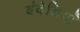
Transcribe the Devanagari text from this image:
बंदेडियाँ